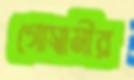
গোস্বামীর